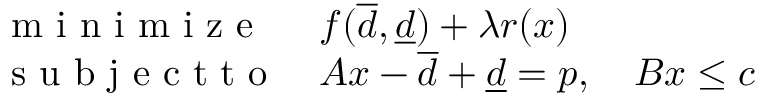
\begin{array} { l l } { \mathrm { ~ m ~ i ~ n ~ i ~ m ~ i ~ z ~ e ~ } } & { f ( \overline { d } , \underline { d } ) + \lambda r ( x ) } \\ { \mathrm { ~ s ~ u ~ b ~ j ~ e ~ c ~ t ~ t ~ o ~ } } & { A x - \overline { d } + \underline { d } = p , \quad B x \leq c } \end{array}